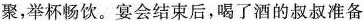
聚，举杯畅饮。宴会结束后，喝了酒的叔叔准备